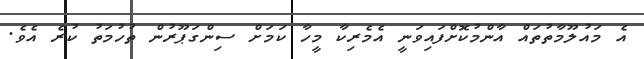
އެ މައުލޫމާތުތައް އާންމުކޮށްފައިވަނީ އެމެރިކާ މީހާ ކަމަށް ސިންގަޕޫރުން ތުހުމަތު ކުރެ އެވެ.